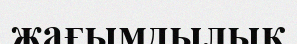
жағымдылық